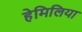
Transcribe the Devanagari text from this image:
हेमिलिया